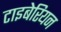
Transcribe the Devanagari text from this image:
टाइबेरियन